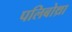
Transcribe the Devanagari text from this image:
पलिबोथ्रा